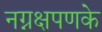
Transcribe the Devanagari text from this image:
नग्नक्षपणके